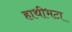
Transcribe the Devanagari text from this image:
हाथीभटा